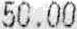
50.00